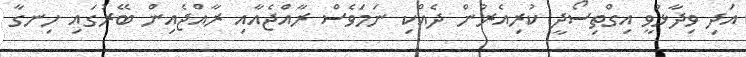
އަދި ވިދާޅުވީ އިގްތިސޯދީ ކުރިއެރުން ދެއްކި ނަމަވެސް ރާއްޖެއާއި ރާއްޖެއިން ބޭރުގައި ހިނގާ